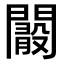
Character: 𨶞